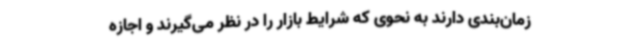
زمان‌بندی دارند به نحوی که شرایط بازار را در نظر می‌گیرند و اجازه